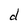
Character: d